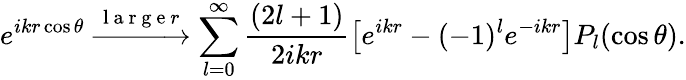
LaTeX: e^{ikr\cos\theta}\xrightarrow{\mathrm{~l~a~r~g~e~}r}\sum_{l=0}^{\infty}\frac{(2l+1)}{2ikr}\left[e^{ikr}-(-1)^{l}e^{-ikr}\right]P_{l}(\cos\theta).